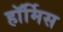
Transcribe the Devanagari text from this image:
हॉर्मिस